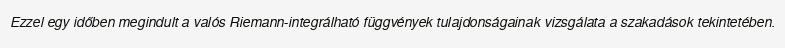
Ezzel egy időben megindult a valós Riemann-integrálható függvények tulajdonságainak vizsgálata a szakadások tekintetében.